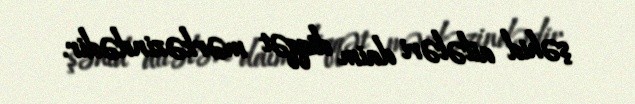
şəhid ailələri daim diqqət mərkəzindədir.